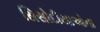
સિસોદીયાઓના